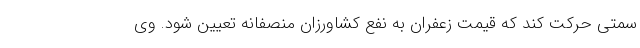
سمتی حرکت کند که قیمت زعفران به نفع کشاورزان منصفانه تعیین شود. وی